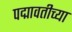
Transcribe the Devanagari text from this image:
पद्मावतीच्या